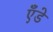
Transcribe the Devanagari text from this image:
एँडे